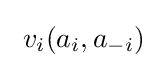
\ v_{i}(a_{i},a_{-i})\